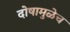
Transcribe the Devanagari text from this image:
दोषामुळेच